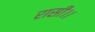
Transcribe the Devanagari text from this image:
रासी।।